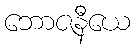
ဘောဇနီယေ